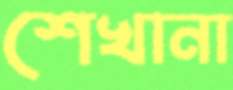
শেখানা